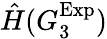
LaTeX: \hat{H}(G_{3}^{\mathrm{Exp}})